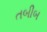
તબીબ